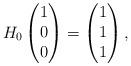
LaTeX: \begin{align*}H_0 \begin{pmatrix} 1 \\ 0 \\ 0 \end{pmatrix} = \begin{pmatrix} 1 \\ 1 \\ 1 \end{pmatrix},\end{align*}